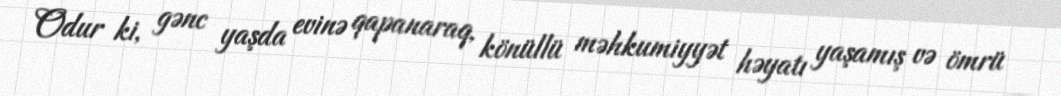
Odur ki, gənc yaşda evinə qapanaraq, könüllü məhkumiyyət həyatı yaşamış və ömrü